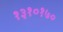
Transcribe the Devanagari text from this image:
१३१०१७०